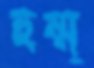
হুম্ম্